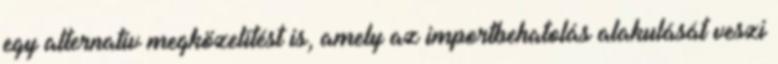
egy alternatív megközelítést is, amely az importbehatolás alakulását veszi